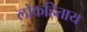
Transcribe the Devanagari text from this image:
लोकहिताय